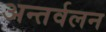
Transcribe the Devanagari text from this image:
अन्तर्वलन